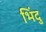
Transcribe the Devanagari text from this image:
भिंदु